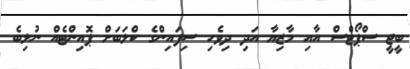
ބީޖީ ސްޕޯޓްސް އާއި މާޒިޔާ އަދި ދިވެހި ސިފައިންގެ ކްލަބަށް ޕޮއިންޓެއް ނުލިބެ